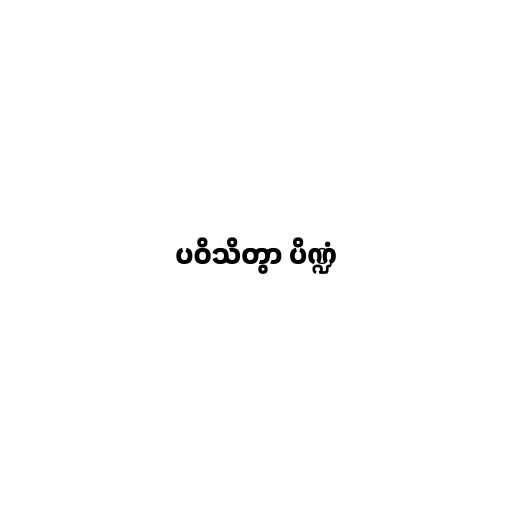
ပဝိသိတွာ ပိဏ္ဍံ